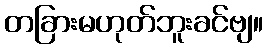
တခြားမဟုတ်ဘူးခင်ဗျ။